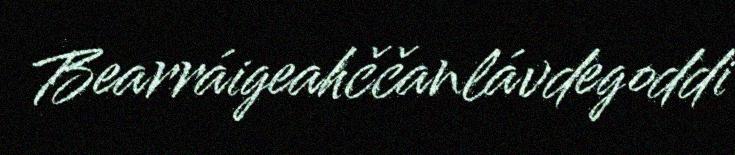
Bearráigeahččanlávdegoddi